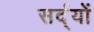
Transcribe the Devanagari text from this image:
सर्द्यों